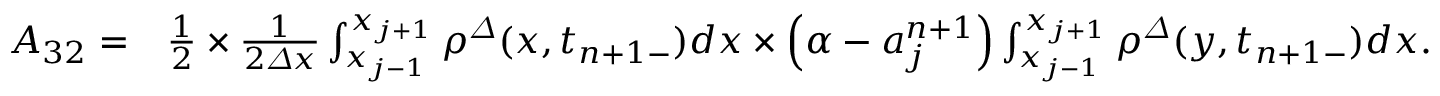
\begin{array} { r l } { A _ { 3 2 } = } & { \frac 1 2 \times \frac 1 { 2 { \varDelta } x } \int _ { x _ { j - 1 } } ^ { x _ { j + 1 } } { \rho } ^ { \varDelta } ( x , t _ { n + 1 - } ) d x \times \left( \alpha - a _ { j } ^ { n + 1 } \right) \int _ { x _ { j - 1 } } ^ { x _ { j + 1 } } { \rho } ^ { \varDelta } ( y , t _ { n + 1 - } ) d x . } \end{array}